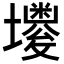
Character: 𡓌